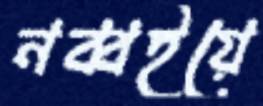
নব্বইয়ে